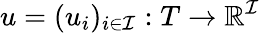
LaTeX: u=(u_{i})_{i\in{\mathcal{I}}}:T\rightarrow\mathbb{R}^{\mathcal{I}}